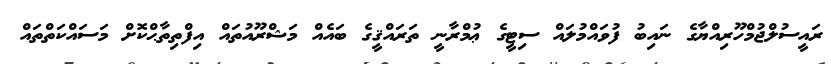
ރައީސުލްޖުމްހޫރިއްޔާގެ ނައިބު ފުވައްމުލައް ސިޓީގެ ޢުމްރާނީ ތަރައްޤީގެ ބައެއް މަޝްރޫއުތައް އިފްތިތާޙްކޮށް މަސައްކަތްތައް